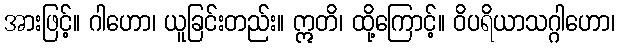
အားဖြင့်။ ဂါဟော၊ ယူခြင်းတည်း။ ဣတိ၊ ထို့ကြောင့်။ ဝိပရိယာသဂ္ဂါဟော၊